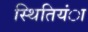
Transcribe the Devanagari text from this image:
स्थितियंा